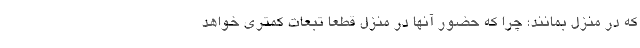
که در منزل بمانند؛ چرا که حضور آنها در منزل قطعا تبعات کمتری خواهد